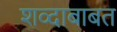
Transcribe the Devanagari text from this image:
शव्दाबाबत